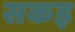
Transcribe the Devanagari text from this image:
सकइ